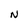
Character: N